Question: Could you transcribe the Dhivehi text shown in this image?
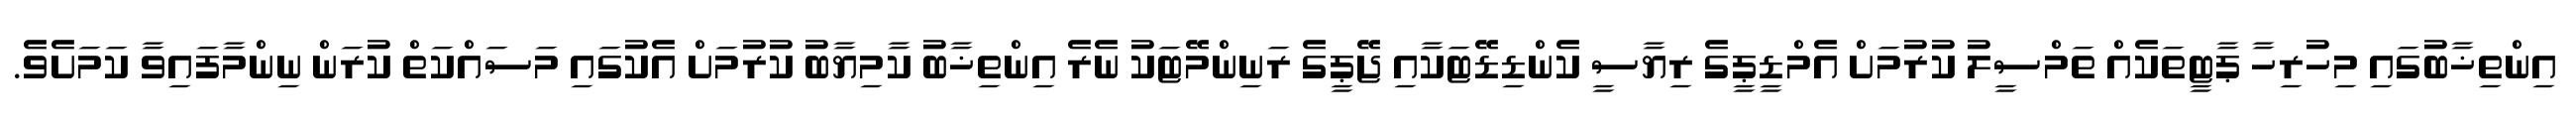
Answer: އިންތިޚާބުގައި މިހުރިހާ ޕާޓީތަކެއް ތަމްސީލު ކުރުމަށް އެމްޑީޕީގެ ރިޔާސީ ކެންޑިޑޭޓަކާއި ޖޭޕީގެ ރަނިންމޭޓަކު ނެރެ އިންތިޚާބު ކާމިޔާބު ކުރުމަށް އެކުގައި މަސައްކަތް ކުރަން ނިންމާފައިވާ ކަމަށެވެ.